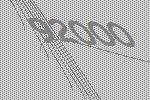
92000